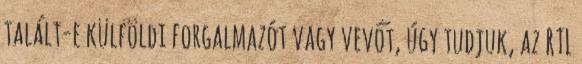
talált-e külföldi forgalmazót vagy vevőt, úgy tudjuk, az RTL